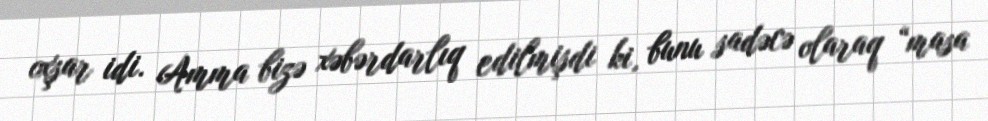
oxşar idi. Amma bizə xəbərdarlıq edilmişdi ki, bunu sadəcə olaraq “masa